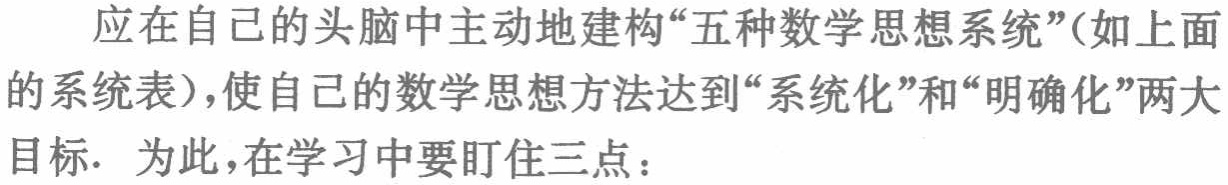
应在自己的头脑中主动地建构“五种数学思想系统”(如上面的系统表),使自己的数学思想方法达到“系统化”和“明确化”两大目标. 为此,在学习中要盯住三点：